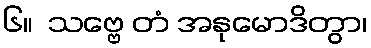
၆။  သဗ္ဗေ တံ အနုမောဒိတွာ၊